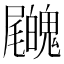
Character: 𡳺